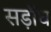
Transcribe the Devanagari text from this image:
सड़ाँध